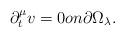
LaTeX: \begin{align*}\partial_t^\mu v = 0 on \partial \Omega_\lambda.\end{align*}